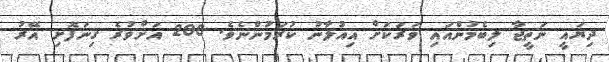
ދިޔައީ ނަތީޖާ ލިބެމުންއައި ވަރަކަށް އިއުލާނު ކުރަމުންނެވެ. 200 އަށްވުރެ ގިނަފޮށި އޭރު